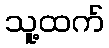
သူ့ထက်